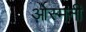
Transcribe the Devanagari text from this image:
ओस्मनी